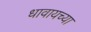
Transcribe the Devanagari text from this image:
धावायच्या